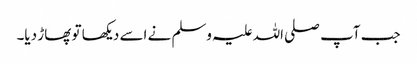
جب آپ صلی اللہ علیہ وسلم نے اسے دیکھا تو پھاڑ دیا۔